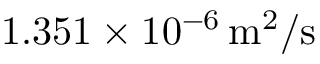
1 . 3 5 1 \times 1 0 ^ { - 6 } \, \mathrm { m } ^ { 2 } / \mathrm { s }